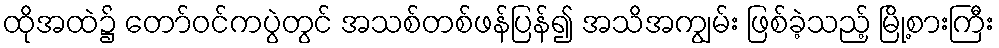
ထိုအထဲ၌ တော်ဝင်ကပွဲတွင် အသစ်တစ်ဖန်ပြန်၍ အသိအကျွမ်း ဖြစ်ခဲ့သည့် မြို့စားကြီး